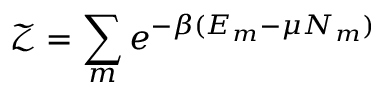
\mathcal { Z } = \sum _ { m } e ^ { - \beta ( E _ { m } - \mu N _ { m } ) }